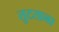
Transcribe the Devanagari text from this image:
तुटताना